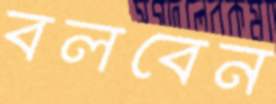
বলবেন